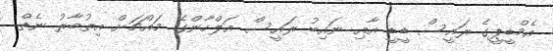
އެމްޑީޕީގެ ރައީސް ޑީޑީ އާއި ނައިބު ރައީސް އަލްހާންގެ މައްޗަށް އިތުބާރު ނެތް